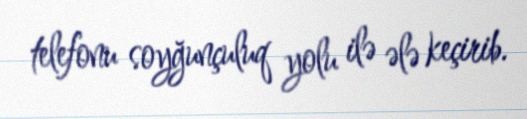
telefonu soyğunçuluq yolu ilə ələ keçirib.